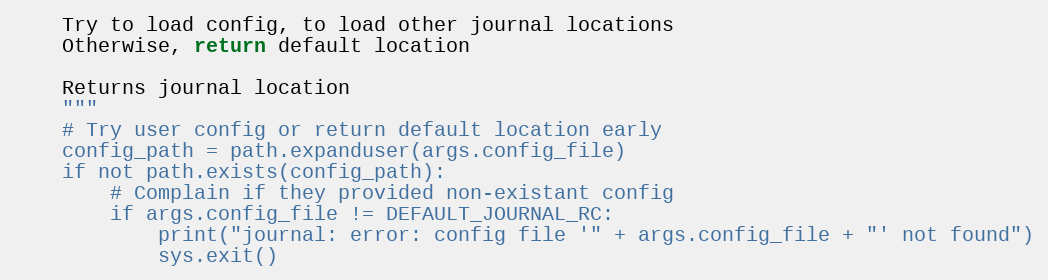
Language: Python
    Try to load config, to load other journal locations
    Otherwise, return default location

    Returns journal location
    """
    # Try user config or return default location early
    config_path = path.expanduser(args.config_file)
    if not path.exists(config_path):
        # Complain if they provided non-existant config
        if args.config_file != DEFAULT_JOURNAL_RC:
            print("journal: error: config file '" + args.config_file + "' not found")
            sys.exit()